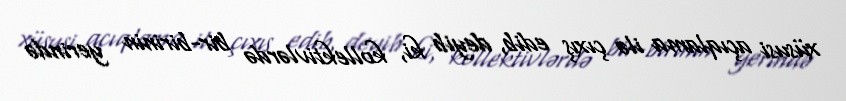
xüsusi açıqlama ilə çıxış edib, deyib ki, kollektivlərdə bir-birinin yerində